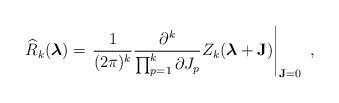
LaTeX: \begin{align*}\widehat{R}_k(\mbox{\boldmath$\lambda$\unboldmath})= \left.\frac{1}{(2\pi)^k}\frac{\partial^k}{\prod_{p=1}^{k}\partial J_p}Z_k(\mbox{\boldmath$\lambda$\unboldmath}+{\bf J})\right|_{{\bf J}=0} \ ,\end{align*}